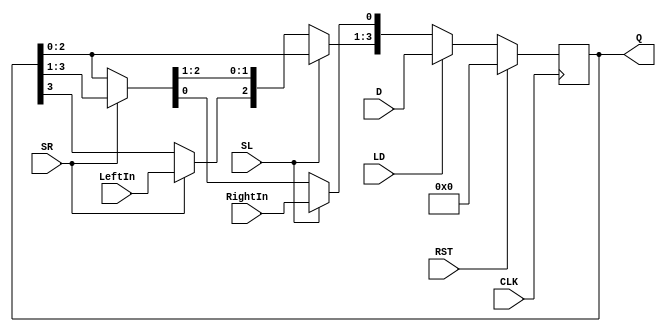
`timescale 1ns / 1ps

module ShiftReg (CLK, RST, SL, SR, LD, LeftIn, RightIn, D, Q);
parameter Data_width = 4;
input CLK, RST, SL, SR, LD, LeftIn, RightIn;
input [Data_width-1:0] D;
output reg [Data_width-1:0] Q;

always @(posedge CLK)
begin
	if (RST)
		Q = 0;
	else if (LD)
		Q = D;
	else if (SL) // shift left
	begin
		Q [Data_width-1:1] = Q [Data_width-2:0];
		Q [0] = RightIn;
	end
	else if (SR) // shift right
	begin
		Q [Data_width-2:0] = Q [Data_width-1:1];
		Q [Data_width -1] = LeftIn;
	end
	else Q [Data_width-1:0] = Q [Data_width-1:0];
end
endmodule